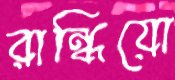
রান্ধিয়ো